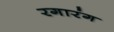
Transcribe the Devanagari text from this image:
रगारंग